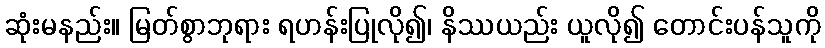
ဆုံးမနည်း။ မြတ်စွာဘုရား ရဟန်းပြုလို၍၊ နိဿယည်း ယူလို၍ တောင်းပန်သူကို